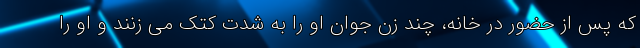
که پس از حضور در خانه، چند زن جوان او را به شدت کتک می زنند و او را